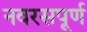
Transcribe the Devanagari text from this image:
नवरसपूर्ण